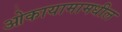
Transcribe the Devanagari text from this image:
ओकायामामधील